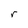
Character: r